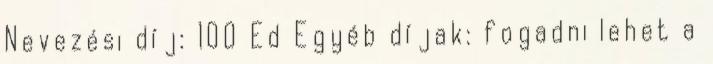
Nevezési díj: 100 Ed Egyéb díjak: fogadni lehet a